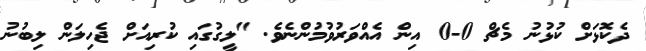
ދެކޮޅަށް ކުޅުނު މެޗް 0-0 އިން އެއްވަރުވުމުންނެވެ. "ލީގުގައި ކުރިއަށް ޖެހިލަން ލިބުނު